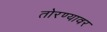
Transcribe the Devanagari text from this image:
तोरण्यावर